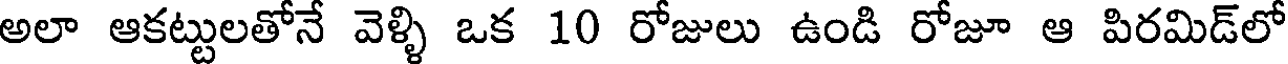
అలా ఆకట్టులతోనే వెళ్ళి ఒక 10 రోజులు ఉండి రోజూ ఆ పిరమిడ్లో